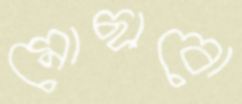
মোছাবো